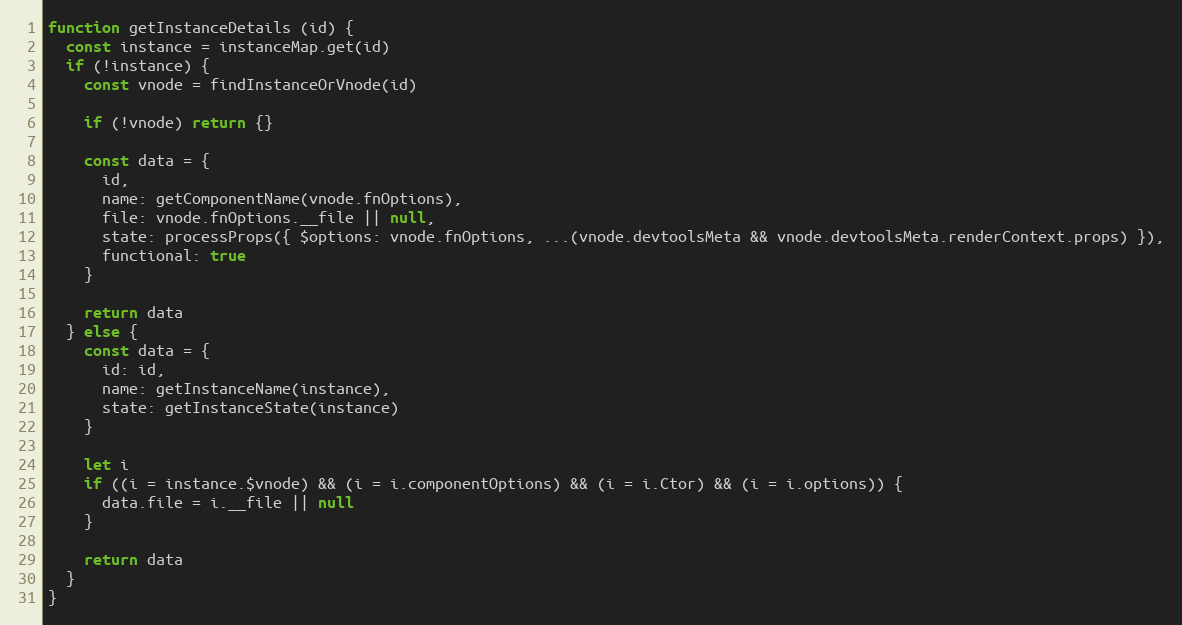
Language: JavaScript
function getInstanceDetails (id) {
  const instance = instanceMap.get(id)
  if (!instance) {
    const vnode = findInstanceOrVnode(id)

    if (!vnode) return {}

    const data = {
      id,
      name: getComponentName(vnode.fnOptions),
      file: vnode.fnOptions.__file || null,
      state: processProps({ $options: vnode.fnOptions, ...(vnode.devtoolsMeta && vnode.devtoolsMeta.renderContext.props) }),
      functional: true
    }

    return data
  } else {
    const data = {
      id: id,
      name: getInstanceName(instance),
      state: getInstanceState(instance)
    }

    let i
    if ((i = instance.$vnode) && (i = i.componentOptions) && (i = i.Ctor) && (i = i.options)) {
      data.file = i.__file || null
    }

    return data
  }
}